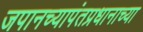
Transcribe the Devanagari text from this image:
जपानच्यापंतप्रधानाच्या